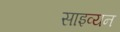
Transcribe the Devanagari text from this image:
साइव्यन